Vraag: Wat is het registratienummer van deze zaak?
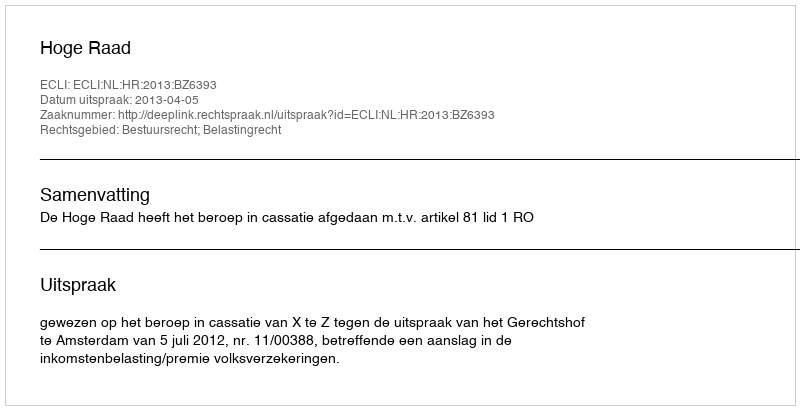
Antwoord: http://deeplink.rechtspraak.nl/uitspraak?id=ECLI:NL:HR:2013:BZ6393